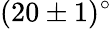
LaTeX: (20\pm 1)^{\circ}